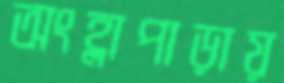
অংহ্লাপাড়ায়